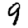
Digit: 9